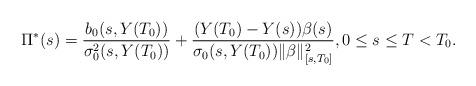
LaTeX: \begin{align*} \Pi^*(s)=\frac{b_0(s,Y(T_0))}{\sigma^2_0(s,Y(T_0))}+\frac {(Y(T_0)-Y(s))\beta(s)}{\sigma_0(s,Y(T_0))\|\beta\|^2_{[s,T_0]}}, 0 \leq s \leq T < T_0.\end{align*}